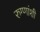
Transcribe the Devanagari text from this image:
रुग्णांशी